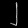
Digit: ၂